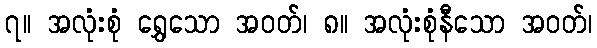
၇။ အလုံးစုံ ရွှေသော အဝတ်၊ ၈။ အလုံးစုံနီသော အဝတ်၊